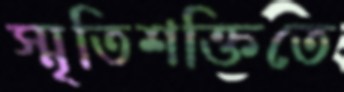
স্মৃতিশক্তিতে